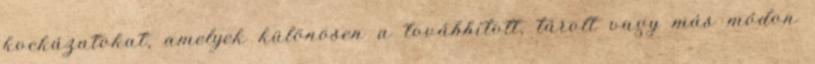
kockázatokat, amelyek különösen a továbbított, tárolt vagy más módon